Scottish Leaving Certificate Examination, 1955
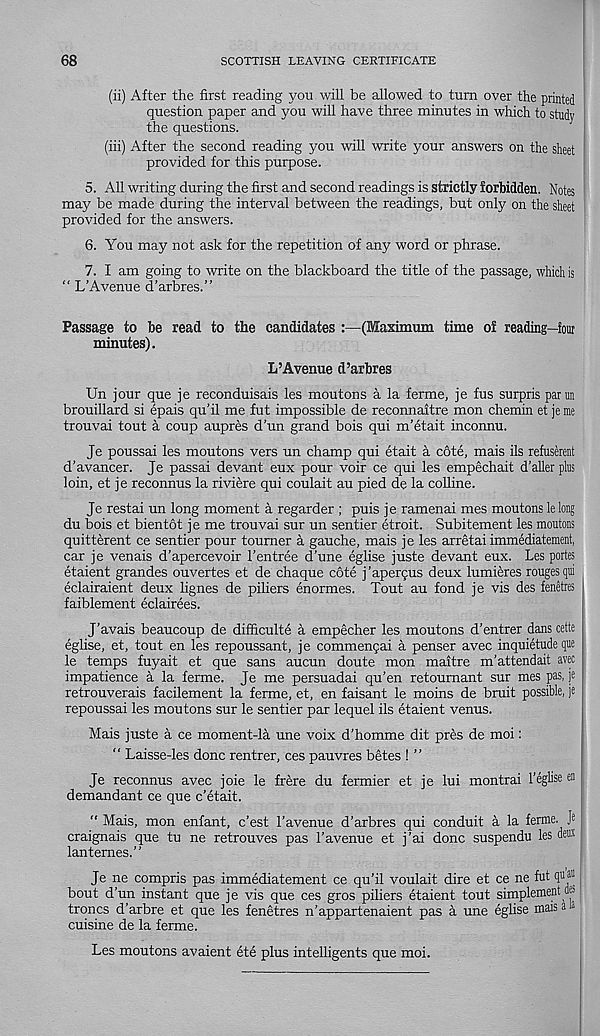
68
SCOTTISH LEAVING CERTIFICATE
(ii) After the first reading you will be allowed to turn over the printed
question paper and you will have three minutes in which to study
the questions.
(iii) After the second reading you will write your answers on the sheet
provided for this purpose.
5. All writing during the first and second readings is strictly forbidden. Notes
may be made during the interval between the readings, but only on the sheet
provided for the answers.
6. You may not ask for the repetition of any word or phrase.
7. I am going to write on the blackboard the title of the passage, which is
“ L’Avenue d’arbres.”
Passage to be read to the candidates :—(Maximum time of reading—four
minutes).
L’Avenue d’arbres
Un jour que je reconduisais les moutons a la ferme, je fus surpris pam
brouillard si epais qu’il me fut impossible de reconnaitre mon chemin et je me
trouvai tout a coup aupres d’un grand bois qui m’etait inconnu.
Je poussai les moutons vers un champ qui etait a cote, mais ils refuserent
d’avancer. Je passai devant eux pour voir ce qui les empechait d’aller plus
loin, et je reconnus la riviere qui coulait au pied de la colline.
Je restai un long moment a regarder ; puis je ramenai mes moutons lelong
du bois et bientot je me trouvai sur un sentier etroit. Subitement les moutons
quitterent ce sentier pour toumer a gauche, mais je les arretai immediatement,
car je venais d’apercevoir 1’entree d’une eglise juste devant eux. Les portes
etaient grandes ouvertes et de chaque cote j’aperfus deux lumieres rouges qui
eclairaient deux lignes de piliers enormes. Tout au fond je vis des fenetres
faiblement eclairees.
J’avais beaucoup de difficulty a empecher les moutons d’entrer dans cette
eglise, et, tout en les repoussant, je commenpai a penser avec inquietude que
le temps fuyait et que sans aucun doute mon maitre m’attendait avec
impatience a la ferme. Je me persuadai qu’en retoumant sur mes pas, je
retrouverais facilement la ferme, et, en faisant le moins de bruit possible, je
repoussai les moutons sur le sentier par lequel ils etaient venus.
Mais juste a ce moment-la une voix d’homme dit pres de moi:
“ Laisse-les done rentrer, ces pauvres betes ! ”
Je reconnus avec joie le frere du fermier et je lui montrai I’eglise en
demandant ce que e’etait.
" Mais, mon enfant, e’est 1’avenue d’arbres qui conduit a la feme. Je
craignais que tu ne retrouves pas 1’avenue et j’ai done suspendu les deux
lantemes.”
Je ne compris pas immediatement ce qu’il voulait dire et ce ne fut qu®
bout d'un instant que je vis que ces gros piliers etaient tout simplement « s
troncs d’arbre et que les fenetres n’appartenaient pas a une eglise mah a 1
cuisine de la ferme.
Les moutons avaient ete plus intelligents que moi.